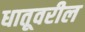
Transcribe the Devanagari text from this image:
धातूवरील